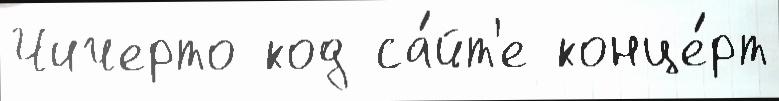
Чичерто код са́йт'е конце́рт